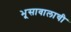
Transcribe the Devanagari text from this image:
भूसावालाची